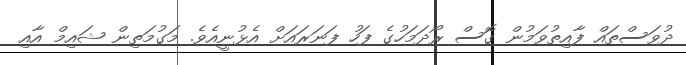
ދުވަސްތައް ފާއިތުވަމުން ގޮސް ރޯދަމަހުގެ ފަހު ފަނަރައަށް އެޅުނީއެވެ. މަގުމަތިން ޝައިމް އާއި